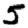
Digit: 5